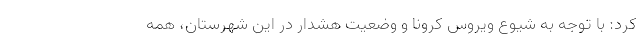
کرد: با توجه به شیوع ویروس کرونا و وضعیت هشدار در این شهرستان، همه